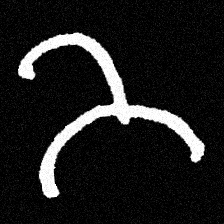
Pyu character \u2014 Myanmar letter: ဘ (romanized: bha)